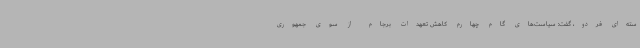
سته‌ای فردو، گفت: سیاست‌های گام چهارم کاهش تعهدات برجام از سوی جمهوری